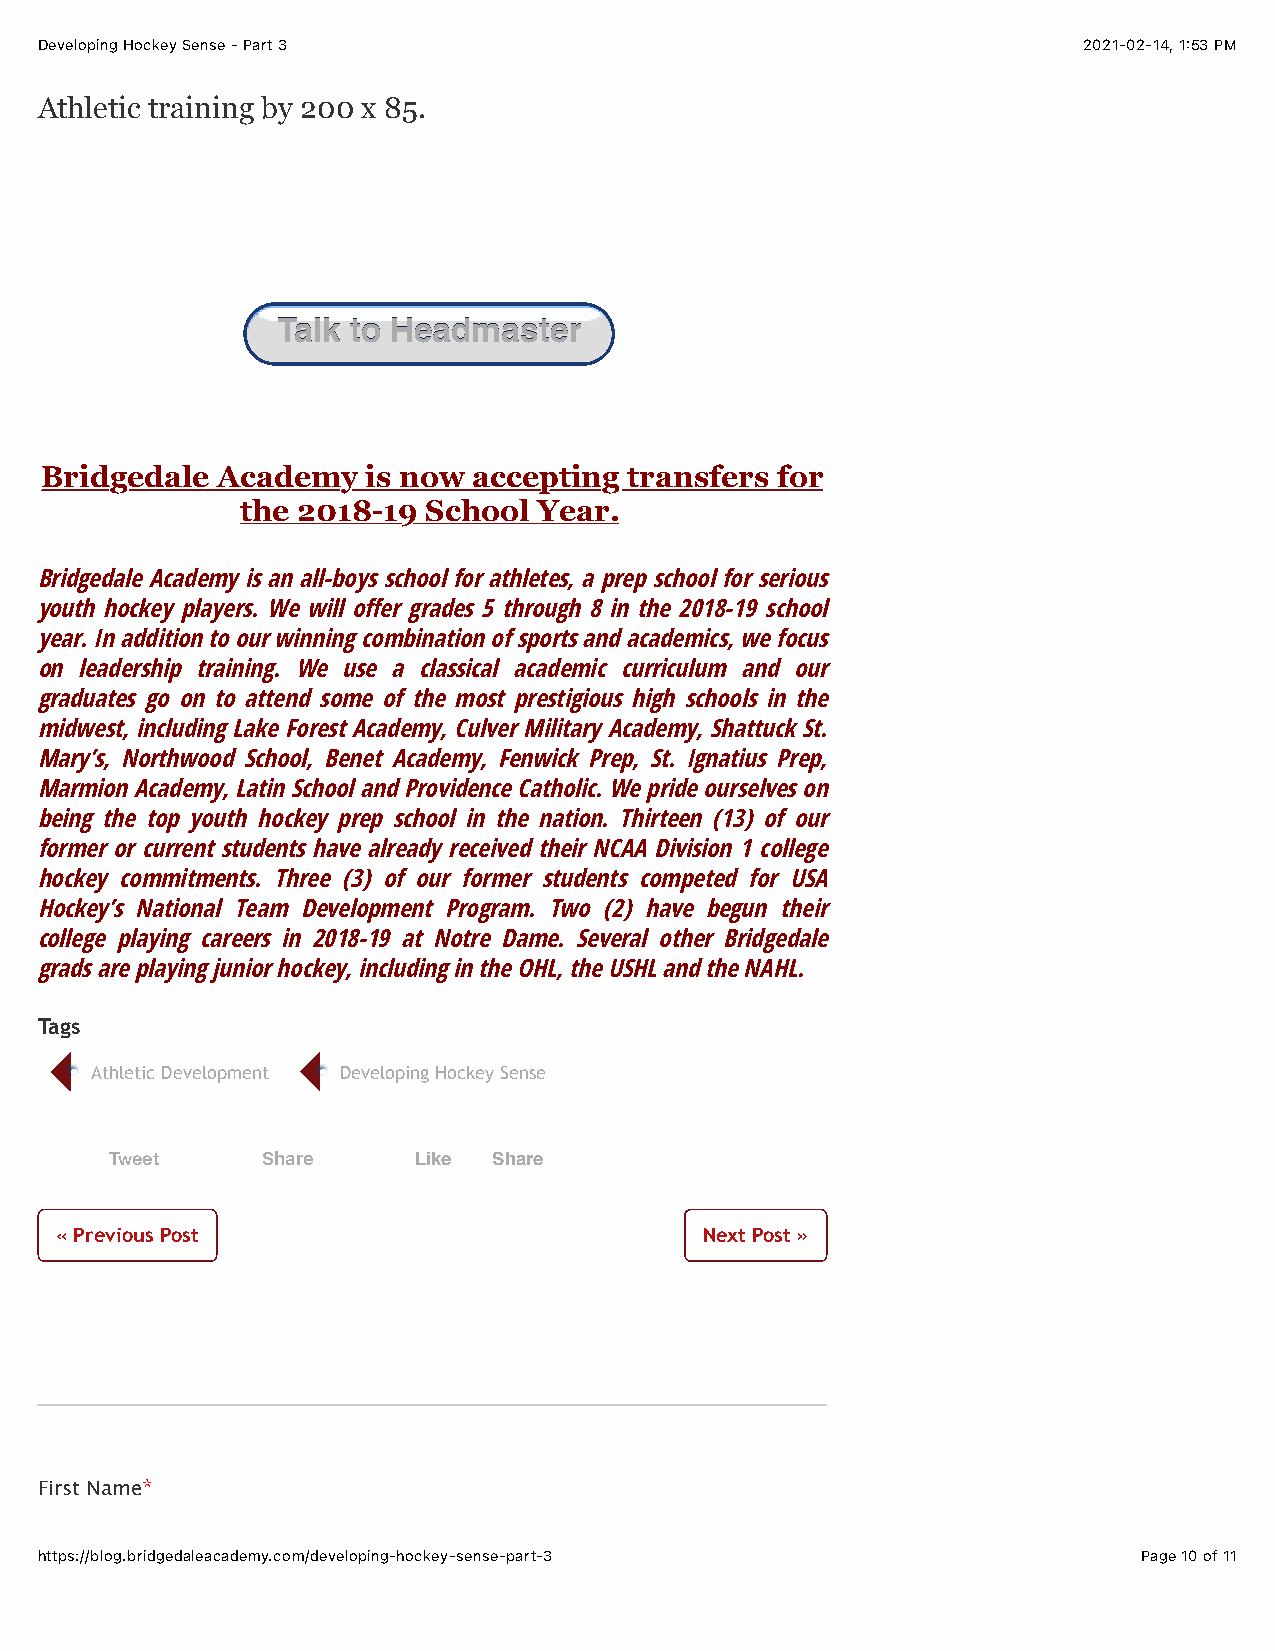
Developing Hockey Sense - Part 3                                      2021-02-14, 1:53 PM
 Athletic training by 200 x 85.
 If this topic interests you and you would like to discuss it further, please
 click the button below so we can schedule a time to chat.
 TTaallkk ttoo HHeeaaddmmaasstteerr
 Bridgedale Academy   is now accepting  transfers for
 the 2018-19 School  Year.
 Bridgedale Academy is an all-boys school for athletes, a prep school for serious
 youth hockey players. We will o#er grades 5 through 8 in the 2018-19 school
 year. In addition to our winning combination of sports and academics, we focus
 on leadership training. We use a classical academic curriculum and our
 graduates go on to attend some of the most prestigious high schools in the
 midwest, including Lake Forest Academy, Culver Military Academy, Shattuck St.
 Mary’s, Northwood School, Benet Academy, Fenwick Prep, St. Ignatius Prep,
 Marmion Academy, Latin School and Providence Catholic. We pride ourselves on
 being the top youth hockey prep school in the nation. Thirteen (13) of our
 former or current students have already received their NCAA Division 1 college
 hockey commitments. Three (3) of our former students competed for USA
 Hockey’s National Team Development Program. Two (2) have begun their
 college playing careers in 2018-19 at Notre Dame. Several other Bridgedale
 grads are playing junior hockey, including in the OHL, the USHL and the NAHL.
 Tags
 Athletic Development Developing Hockey Sense
 Tweet     Share     Like  Share
 « Previous Post                            Next Post »
 Developing Hockey Sense - Part 2      Performing under Pressure
 First Name*
 https://blog.bridgedaleacademy.com/developing-hockey-sense-part-3         Page 10 of 11